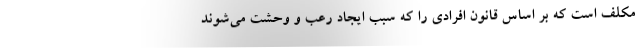
مکلف است که بر اساس قانون افرادی را که سبب ایجاد رعب و وحشت می‌شوند